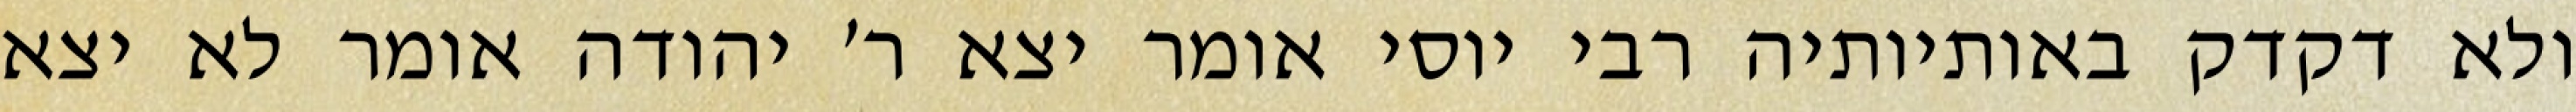
ולא דקדק באותיותיה רבי יוסי אומר יצא ר׳ יהודה אומר לא יצא